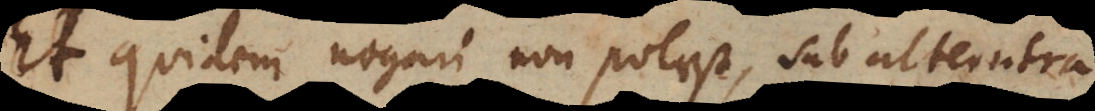
Et quidem negari non potest, sub alterutra